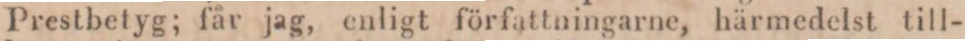
Prestbetyg; får jag, enligt författningarne, härmedelst till-